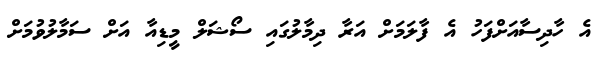
އެ ހާދިސާއަށްފަހު އެ ފާލަމަށް އަރާ ދިމާލުގައި ސޯޝަލް މީޑިއާ އަށް ސަމާލުވުމަށް